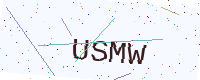
Text: USMW